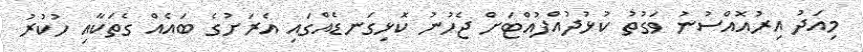
މިއަދު އިރުއޮއްސުނު ވަގުތު ކުޅުދުއްފުއްޓަށް ޖެހުނު ކޮޅިގަނޑެއްގައި އެރަށުގެ ބައެއް ގެތަކާއި ހުކުރު